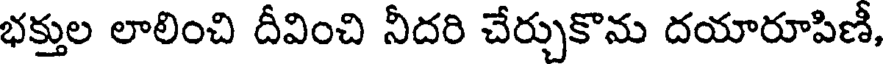
భక్తుల లాలించి దీవించి నీదరి చేర్చుకొను దయారూపిణీ,